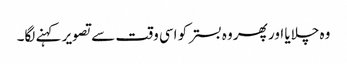
وہ چلایا اور پھر وہ بستر کو اسی وقت سے تصویر کہنے لگا۔